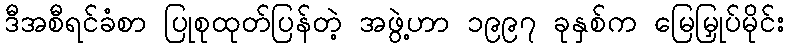
ဒီအစီရင်ခံစာ ပြုစုထုတ်ပြန်တဲ့ အဖွဲ့ဟာ ၁၉၉၇ ခုနှစ်က မြေမြှုပ်မိုင်း